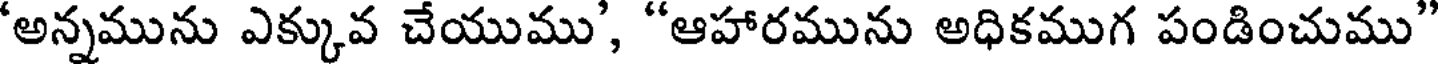
'అన్నమును ఎక్కువ చేయుము', "ఆహారమును అధికముగ పండించుము"